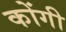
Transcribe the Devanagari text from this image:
कोंगी